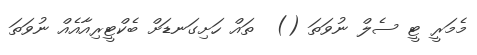
މެމަރީ ޓީ ސެލް ނުވަތަ ()  ތައް ހަށިގަނޑަށް ބެކްޓީރިއާއެއް ނުވަތަ